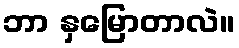
ဘာ နှမြောတာလဲ။